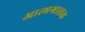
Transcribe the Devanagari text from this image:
आत्मगालक